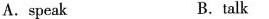
A.speakB. talk